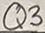
Text: Q3